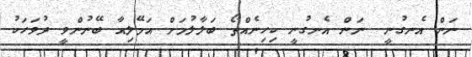
ނަން އެނގުނީ  ނަން އެނގުނީ ކިހިނެއްތޯ ބަލާލުމަށް އަމޭލިއާ ބޭނުންވީ ދުވަހަކު